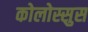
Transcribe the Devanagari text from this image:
कोलोस्सुस